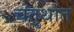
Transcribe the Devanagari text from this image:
चतुर्थात